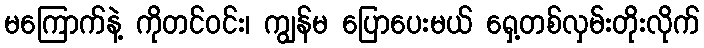
မကြောက်နဲ့ ကိုတင်ဝင်း၊ ကျွန်မ ပြောပေးမယ် ရှေ့တစ်လှမ်းတိုးလိုက်